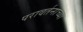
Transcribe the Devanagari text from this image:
परावर्तनाच्या